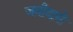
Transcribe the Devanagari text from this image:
जमीदारो